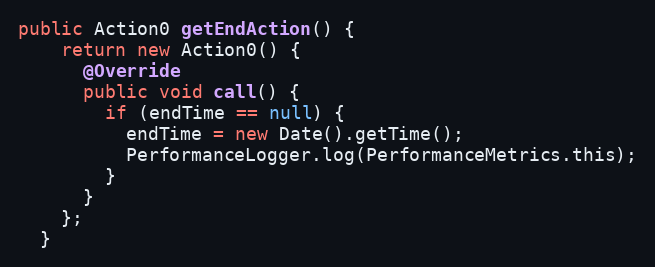
Language: Java
public Action0 getEndAction() {
    return new Action0() {
      @Override
      public void call() {
        if (endTime == null) {
          endTime = new Date().getTime();
          PerformanceLogger.log(PerformanceMetrics.this);
        }
      }
    };
  }